Document type: Recognition
Year: 1250
Scribe: Pere Marquès
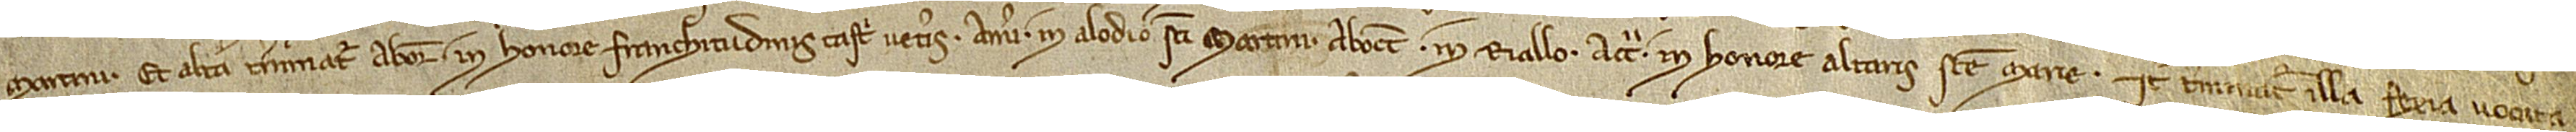
Martini. Et altera terminatur ab oriente in honore franchitudinis castri Veteris; a meridie in alodio Sancti Martini; ab occidente in Riallo; a circio in honore altaris Sancte Marie. Item, terminatur illa fexia vocata